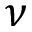
\nu